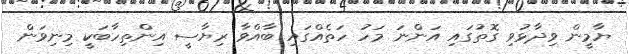
ޔާމީން ވިދާޅުވި ގޮތުގައި އަންނަ މަހު ހަތެއްގައި ބާއްވާ ރިޔާސީ އިންތިހާބަކީ މިނިވަން